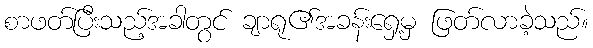
စာဖတ်ပြီးသည့်အခါတွင် ချာရု၏အခန်းရှေ့မှ ဖြတ်လာခဲ့သည်။